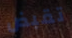
تقبض